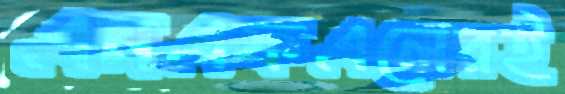
এনএফএলেরই